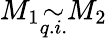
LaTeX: M_{1}{\underset{q.i.}{\sim}}M_{2}